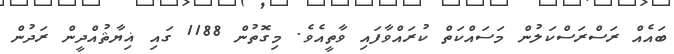
ބައެއް ރަސްރަސްކަލުން މަސައްކަތް ކުރައްވާފައި ވާތީއެވެ. މިގޮތުން 1188 ގައި ޣިޔާޘުއްދީން ރަދުން